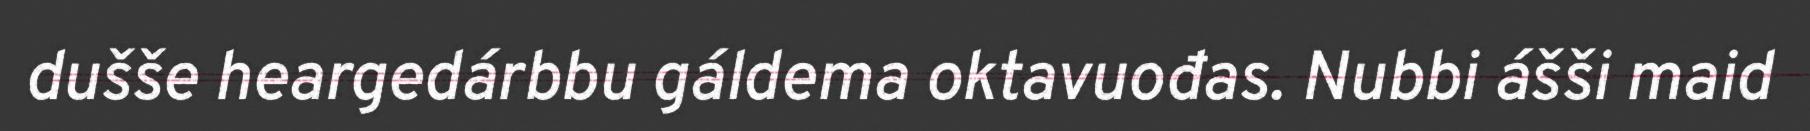
dušše heargedárbbu gáldema oktavuođas. Nubbi ášši maid